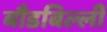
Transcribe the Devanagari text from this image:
बौडबिल्ली